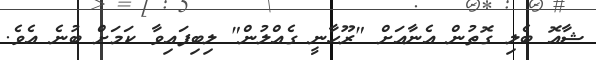
ޝާއޮ ބެލި ގޮތުން އެނާއަށް "ރޫހާނީ ގެއްލުން" ލިބިފައިވާ ކަމަށް ބުނެ އެވެ.